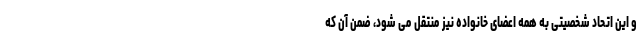
و این اتحاد شخصیتی به همه اعضای خانواده نیز منتقل می شود، ضمن آن که